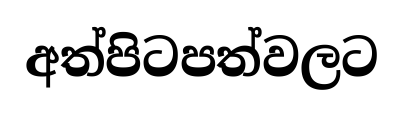
අත්පිටපත්වලට